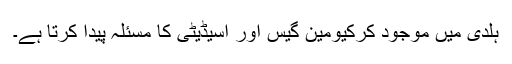
ہلدی میں موجود کرکیومین گیس اور اسیڈیٹی کا مسئلہ پیدا کرتا ہے۔